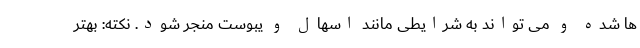
ها شده و می تواند به شرایطی مانند اسهال و یبوست منجر شود. نکته: بهتر